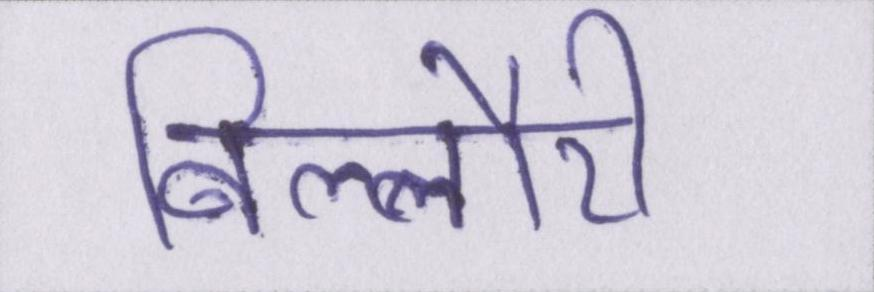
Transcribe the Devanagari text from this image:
बिल्लौरी